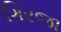
ગિરજા